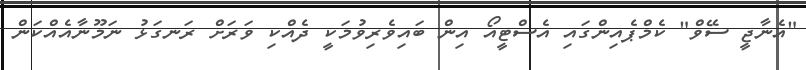
"އެނާޖީ ސޭވް" ކެމްޕެއިންގައި އެސްޓީއޯ އިން ބައިވެރިވުމަކީ ދެއްކި ވަރަށް ރަނގަޅު ނަމޫނާއެއްކަން